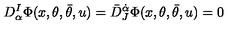
D _ { \alpha } ^ { I } \Phi ( x , \theta , \bar { \theta } , u ) = \bar { D } _ { J } ^ { \dot { \alpha } } \Phi ( x , \theta , \bar { \theta } , u ) = 0